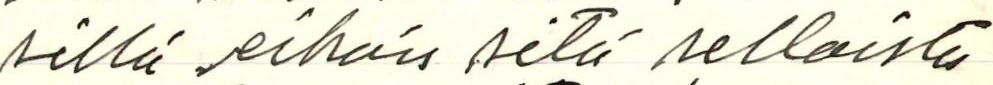
sillä eihän sitä sellaista